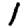
Digit: 1